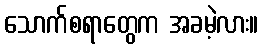
သောက်စရာတွေက အခမဲ့လား။